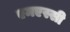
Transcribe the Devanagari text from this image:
एमएस्सी